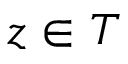
z \in T